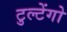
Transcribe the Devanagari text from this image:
टुल्टेंगो